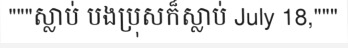
"""ស្លាប់ បងប្រុសក៏ស្លាប់ July 18,"""